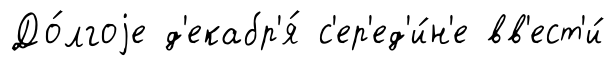
До́лгоjе д'екабр'я́ с'ер'ед'и́н'е вв'ест'и́